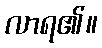
လာရ၏။